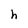
Character: h